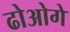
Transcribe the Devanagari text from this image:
ढोओगे